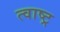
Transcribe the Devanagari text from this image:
त्वाष्ट्र